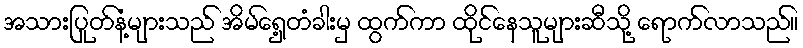
အသားပြုတ်နံ့များသည် အိမ်ရှေ့တံခါးမှ ထွက်ကာ ထိုင်နေသူများဆီသို့ ရောက်လာသည်။